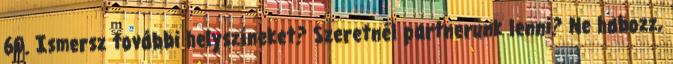
60. Ismersz további helyszíneket? Szeretnél partnerünk lenni? Ne habozz,